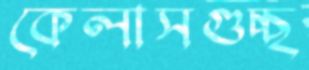
কেলাসগুচ্ছ